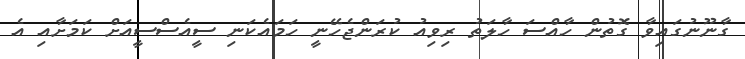
ގާނޫނުގައިވާ ގޮތުން ހާއްސަ ހާލަތު ރިވިއު ކުރަންޖެހޭނީ ހަމައެކަނި ސީއެސްސީއަށް ކަމަށާއި އެ